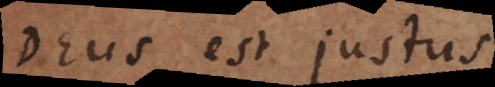
Deus est justus.